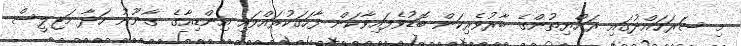
މި ސަރަހައްދުގައި ރައްޔިތުންގެ ބާރުވެރިކަން ބޮޑުވެފައިވާކަން ފާހަގަކުރައްވައި އިންޑިއާގެ ގާނޫނު ހަދާ މަޖިލީސް